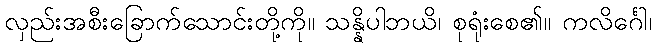
လှည်းအစီးခြောက်သောင်းတို့ကို။ သန္နိပါဘယိ၊ စုရုံးစေ၏။ ကလိင်္ဂေါ၊